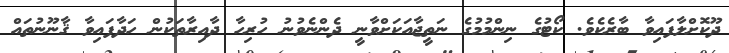
ދޫކޮށްލާފައިވާ ބާރެކެވެ. ކޯޓުގެ ނިންމުމުގެ ނަތީޖާއަކަށްވާނީ ދެންނެވުނު ހުރިހާ ދާއިރާތަކުން ހަދާފައިވާ ޤާނޫނުތައް